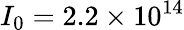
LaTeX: I_{0}=2.2\times 10^{14}